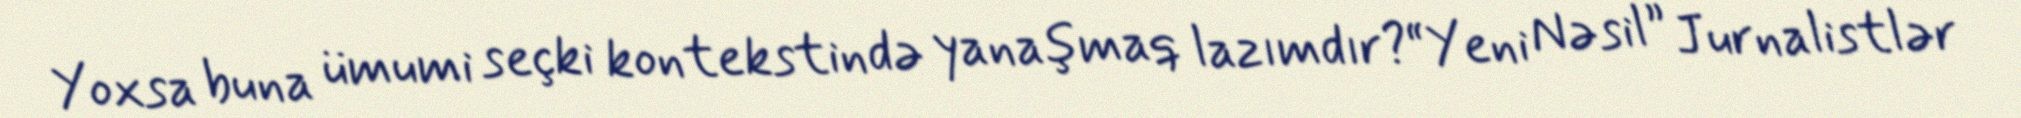
Yoxsa buna ümumi seçki kontekstində yanaşmaq lazımdır?“Yeni Nəsil” Jurnalistlər